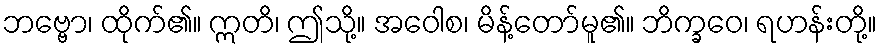
ဘဗ္ဗော၊ ထိုက်၏။ ဣတိ၊ ဤသို့။ အဝေါစ၊ မိန့်တော်မူ၏။ ဘိက္ခဝေ၊ ရဟန်းတို့။